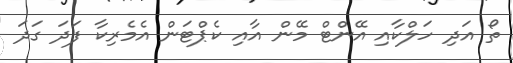
ތޯ އަދި ހަލްކާއި އޭންޓް މޭން އާއި ކެޕްޓަން އެމެރިކާ ފަދަ ގަދަ